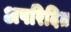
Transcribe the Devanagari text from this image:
अपरिदित